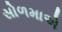
સોળમાએ